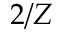
2 / Z